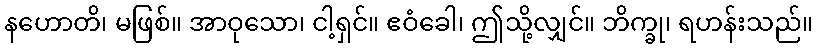
နဟောတိ၊ မဖြစ်။ အာဝုသော၊ ငါ့ရှင်။ ဧဝံခေါ၊ ဤသို့လျှင်။ ဘိက္ခု၊ ရဟန်းသည်။